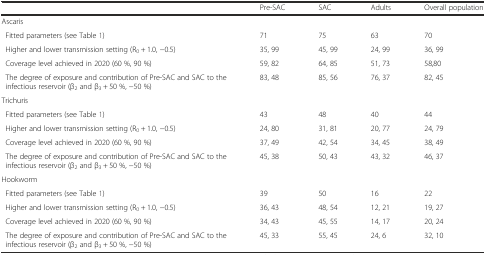
<table><thead><tr><td></td><td><b>Pre-SAC</b></td><td><b>SAC</b></td><td><b>Adults</b></td><td><b>Overall population</b></td></tr></thead><tbody><tr><td>Ascaris</td><td></td><td></td><td></td><td></td></tr><tr><td> Fitted parameters (see Table 1)</td><td>71</td><td>75</td><td>63</td><td>70</td></tr><tr><td> Higher and lower transmission setting (R<sub>0</sub> + 1.0, −0.5)</td><td>35, 99</td><td>45, 99</td><td>24, 99</td><td>36, 99</td></tr><tr><td> Coverage level achieved in 2020 (60 %, 90 %)</td><td>59, 82</td><td>64, 85</td><td>51, 73</td><td>58,80</td></tr><tr><td> The degree of exposure and contribution of Pre-SAC and SAC to the infectious reservoir (β<sub>2</sub> and β<sub>3</sub> + 50 %, −50 %)</td><td>83, 48</td><td>85, 56</td><td>76, 37</td><td>82, 45</td></tr><tr><td>Trichuris</td><td></td><td></td><td></td><td></td></tr><tr><td> Fitted parameters (see Table 1)</td><td>43</td><td>48</td><td>40</td><td>44</td></tr><tr><td> Higher and lower transmission setting (R<sub>0</sub> + 1.0, −0.5)</td><td>24, 80</td><td>31, 81</td><td>20, 77</td><td>24, 79</td></tr><tr><td> Coverage level achieved in 2020 (60 %, 90 %)</td><td>37, 49</td><td>42, 54</td><td>34, 45</td><td>38, 49</td></tr><tr><td> The degree of exposure and contribution of Pre-SAC and SAC to the infectious reservoir (β<sub>2</sub> and β<sub>3</sub> + 50 %, −50 %)</td><td>45, 38</td><td>50, 43</td><td>43, 32</td><td>46, 37</td></tr><tr><td>Hookworm</td><td></td><td></td><td></td><td></td></tr><tr><td> Fitted parameters (see Table 1)</td><td>39</td><td>50</td><td>16</td><td>22</td></tr><tr><td> Higher and lower transmission setting (R<sub>0</sub> + 1.0, −0.5)</td><td>36, 43</td><td>48, 54</td><td>12, 21</td><td>19, 27</td></tr><tr><td> Coverage level achieved in 2020 (60 %, 90 %)</td><td>34, 43</td><td>45, 55</td><td>14, 17</td><td>20, 24</td></tr><tr><td> The degree of exposure and contribution of Pre-SAC and SAC to the infectious reservoir (β<sub>2</sub> and β<sub>3</sub> + 50 %, −50 %)</td><td>45, 33</td><td>55, 45</td><td>24, 6</td><td>32, 10</td></tr></tbody></table>